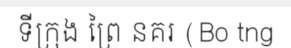
ទីក្រុង ព្រៃ នគរ (Bo tng